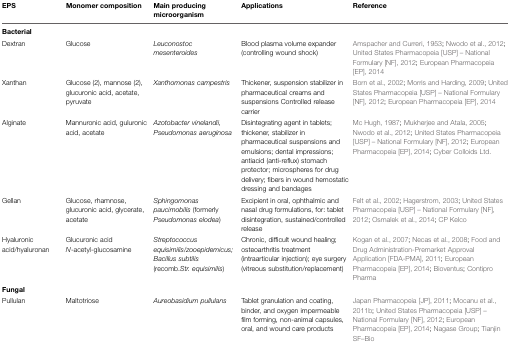
<table><thead><tr><td><b>EPS</b></td><td><b>Monomer composition</b></td><td><b>Main producing microorganism</b></td><td><b>Applications</b></td><td><b>Reference</b></td></tr></thead><tbody><tr><td colspan="5"><b>Bacterial</b></td></tr><tr><td>Dextran</td><td>Glucose</td><td><i>Leuconostoc mesenteroides</i></td><td>Blood plasma volume expander (controlling wound shock)</td><td>Amspacher and Curreri, 1953; Nwodo et al., 2012; United States Pharmacopeia [USP] – National Formulary [NF], 2012; European Pharmacopeia [EP], 2014</td></tr><tr><td>Xanthan</td><td>Glucose (2), mannose (2), glucuronic acid, acetate, pyruvate</td><td><i>Xanthomonas campestris</i></td><td>Thickener, suspension stabilizer in pharmaceutical creams and suspensions Controlled release carrier</td><td>Born et al., 2002; Morris and Harding, 2009; United States Pharmacopeia [USP] – National Formulary [NF], 2012; European Pharmacopeia [EP], 2014</td></tr><tr><td>Alginate</td><td>Mannuronic acid, guluronic acid, acetate</td><td><i>Azotobacter vinelandii, Pseudomonas aeruginosa</i></td><td>Disintegrating agent in tablets; thickener, stabilizer in pharmaceutical suspensions and emulsions; dental impressions; antiacid (anti-reflux) stomach protector; microspheres for drug delivery; fibers in wound hemostatic dressing and bandages</td><td>Mc Hugh, 1987; Mukherjee and Atala, 2005; Nwodo et al., 2012; United States Pharmacopeia [USP] – National Formulary [NF], 2012; European Pharmacopeia [EP], 2014; Cyber Colloids Ltd.</td></tr><tr><td>Gellan</td><td>Glucose, rhamnose, glucuronic acid, glycerate, acetate</td><td><i>Sphingomonas paucimobilis</i> (formerly <i>Pseudomonas elodea</i>)</td><td>Excipient in oral, ophthalmic and nasal drug formulations, for: tablet disintegration, sustained/controlled release</td><td>Felt et al., 2002; Hagerstrom, 2003; United States Pharmacopeia [USP] – National Formulary [NF], 2012; Osmalek et al., 2014; CP Kelco</td></tr><tr><td>Hyaluronic acid/hyaluronan</td><td>Glucuronic acid <i>N</i>-acetyl-glucosamine</td><td><i>Streptococcus equisimilis</i>/<i>zooepidemicus; Bacillus subtilis</i> (recomb.<i>Str. equisimilis</i>)</td><td>Chronic, difficult wound healing; osteoarthritis treatment (intraarticular injection); eye surgery (vitreous substitution/replacement)</td><td>Kogan et al., 2007; Necas et al., 2008; Food and Drug Administration-Premarket Approval Application [FDA-PMA], 2011; European Pharmacopeia [EP], 2014; Bioventus; Contipro Pharma</td></tr><tr><td colspan="5"><b>Fungal</b></td></tr><tr><td>Pullulan</td><td>Maltotriose</td><td><i>Aureobasidium pullulans</i></td><td>Tablet granulation and coating, binder, and oxygen impermeable film forming, non-animal capsules, oral, and wound care products</td><td>Japan Pharmacopeia [JP], 2011; Mocanu et al., 2011b; United States Pharmacopeia [USP] – National Formulary [NF], 2012; European Pharmacopeia [EP], 2014; Nagase Group; Tianjin SF–Bio</td></tr></tbody></table>